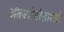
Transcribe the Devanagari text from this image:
अंतज्र्योतीसारखी